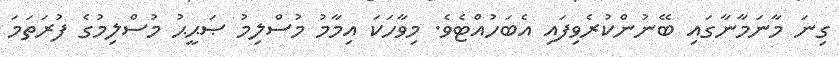
ގިނަ މާނަމާނާގައި ބޭނުންކުރެވިފައި އެބަހުއްޓެވެ. މިވާހަކަ އިމާމު މުސްލިމު ޞަޙީޙު މުސްލިމުގެ ފުރަތަމަ